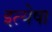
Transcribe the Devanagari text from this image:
इत्येषा